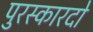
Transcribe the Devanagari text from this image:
पुरस्कारदो